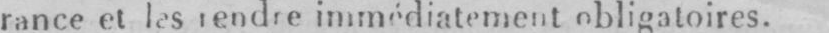
rance et les rendre immédiatement obligatoires.